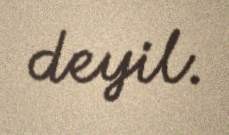
deyil.